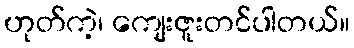
ဟုတ်ကဲ့၊ ကျေးဇူးတင်ပါတယ်။